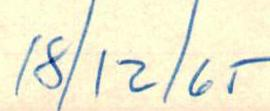
18/12/65